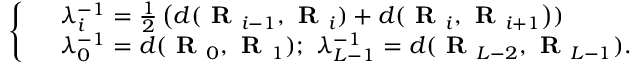
\left\{ \begin{array} { r l } & { \lambda _ { i } ^ { - 1 } = \frac { 1 } { 2 } \left( d ( \textbf { R } _ { i - 1 } , \textbf { R } _ { i } ) + d ( \textbf { R } _ { i } , \textbf { R } _ { i + 1 } \right) ) } \\ & { \lambda _ { 0 } ^ { - 1 } = d ( \textbf { R } _ { 0 } , \textbf { R } _ { 1 } ) ; ~ \lambda _ { L - 1 } ^ { - 1 } = d ( \textbf { R } _ { L - 2 } , \textbf { R } _ { L - 1 } ) . } \end{array} \right.